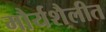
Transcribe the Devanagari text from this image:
मौर्यशैलीत